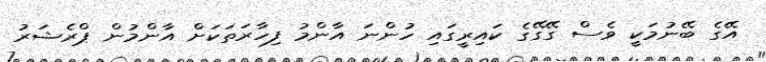
އޭގެ ބޭނުމަކީ ވެސް ގޭގޭގެ ކައިރީގައި ހުންނަ އާންމު ފިހާރަތަކަށް އާންމުން ޕްރެޝަރު